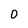
Character: o